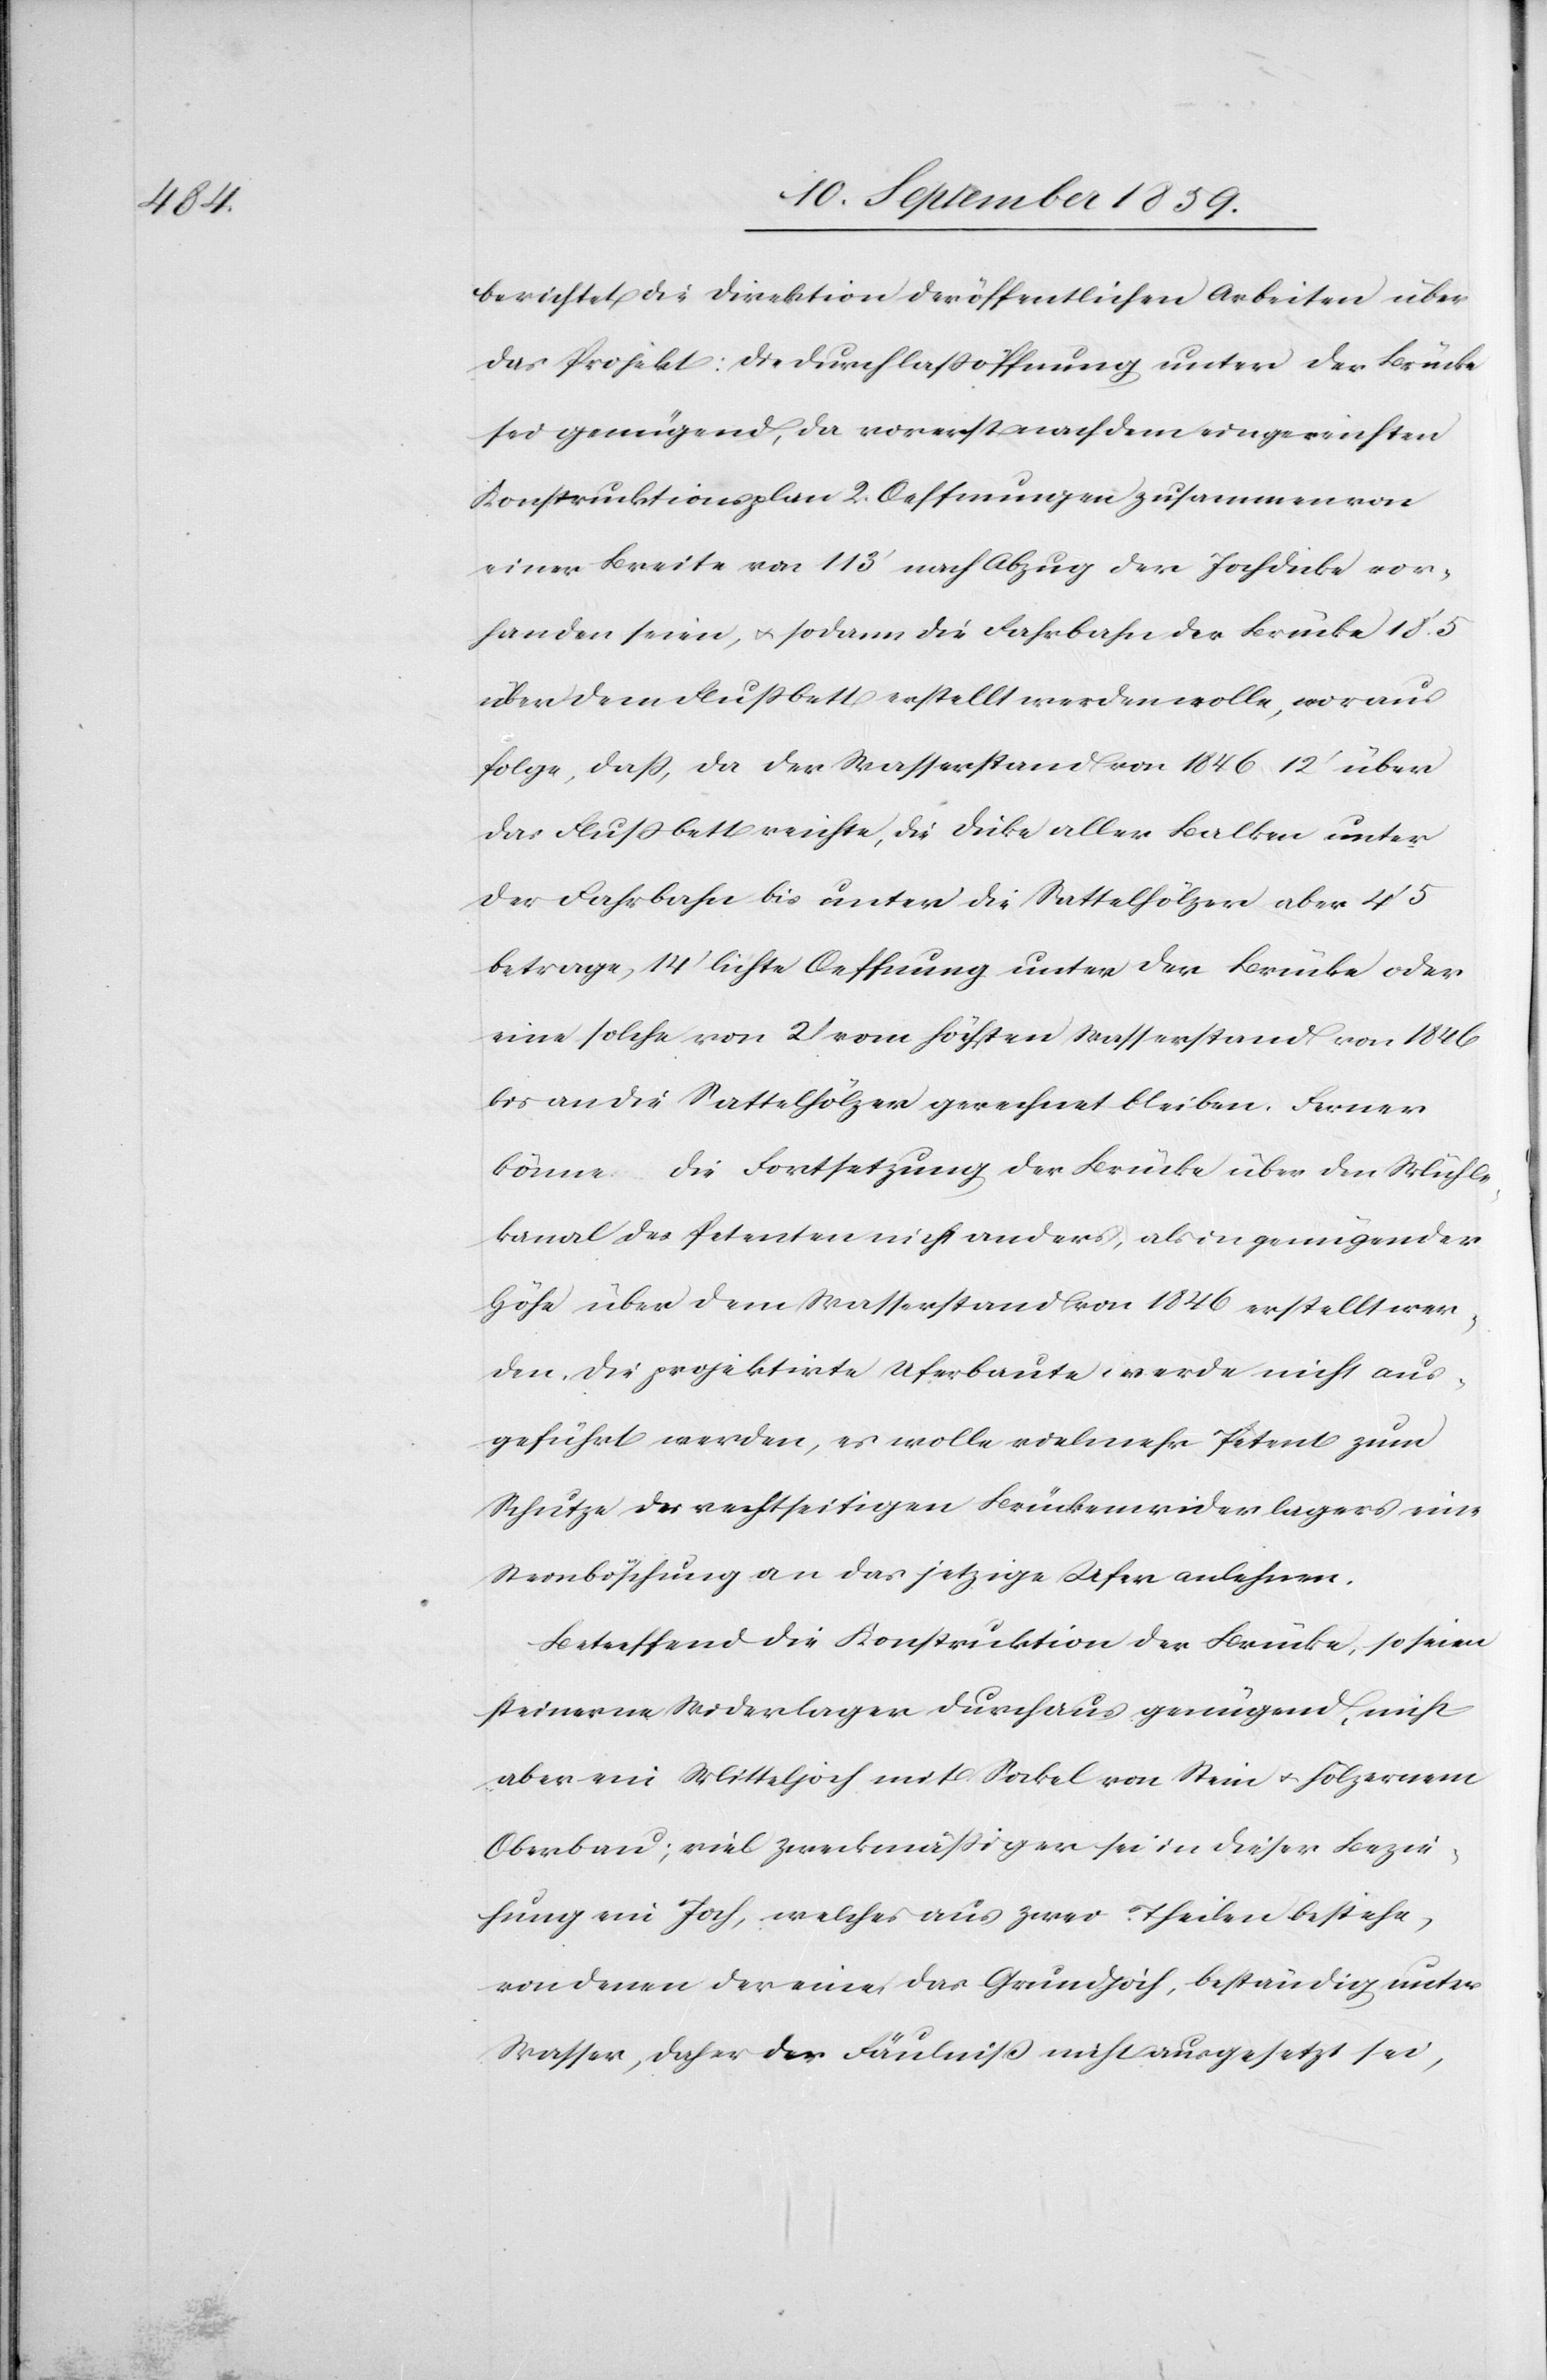
berichtet die Direktion der öffentlichen Arbeiten über
das Projekt: Die Durchlaßöffnung unter der Brücke
sei genügend, da vorerst nach dem eingereichten
Konstruktionsplan 2. Oeffnungen zusammen von
einer Breite von 113’ nach Abzug der Jochdicke vor¬
handen seien, & sodann die Fahrbahn der Brücke 18’. 5
über dem Flußbett erstellt werden wolle, woraus
folge, daß, da der Wasserstand von 1846 12’ über
das Flußbett reichte, die Dicke aller Balken unter
der Fahrbahn bis unter die Sattelhölzer aber 4’ 5
betrage, 14’ lichte Oeffnung unter der Brücke oder
eine solche von 2’ vom höchsten Wasserstand von 1846
bis an die Sattelhölzer gerechnet bleiben. Ferner
könne die Fortsetzung der Brücke über den Mühle¬
kanal des Petenten nicht anders, als in genügender
Höhe über dem Wasserstand von 1846 erstellt wer¬
den, die projektirte Uferbaute werde nicht aus¬
geführt werden, es wolle vielmehr Petent zum
Schutze des rechtseitigen Brückenwiderlegers eine
Steinböschung an das jetztige Ufer anlehnen.
Betreffend die Konstruktion der Brücke, so seien
steinerne Widerlager durchaus genügend, nicht
aber ein Mitteljoch mit Sockel von Stein & hölzernem
Oberbau; viel zweckmäßiger sei in dieser Bezie¬
hung ein Joch, welches aus zwei Theilen bestehe,
von denen der eine das Grundjoch, beständig unter
Wasser, daher der Fäulniß nicht ausgesetzt sei,